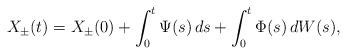
LaTeX: \begin{align*} X_\pm(t) = X_\pm(0) + \int_0^t \Psi(s) \, ds + \int_0^t \Phi(s) \, dW(s),\end{align*}